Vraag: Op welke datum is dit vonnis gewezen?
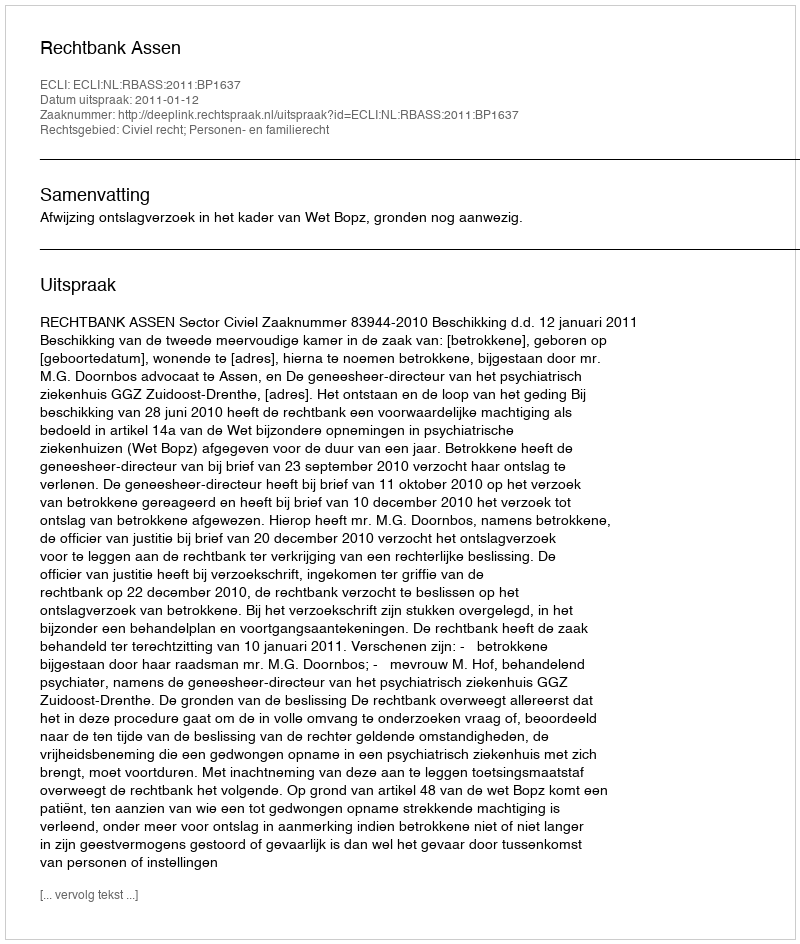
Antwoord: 2011-01-12